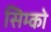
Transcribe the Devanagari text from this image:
सिम्को